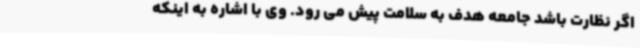
اگر نظارت باشد جامعه هدف به سلامت پیش می رود. وی با اشاره به اینکه